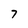
Character: 7